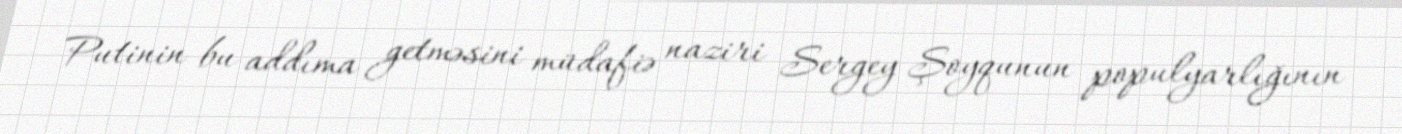
Putinin bu addıma getməsini müdafiə naziri Sergey Şoyqunun populyarlığının